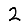
Digit: 2